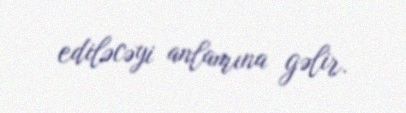
ediləcəyi anlamına gəlir.